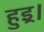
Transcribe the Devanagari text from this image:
हुइ्र।